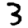
Digit: 3